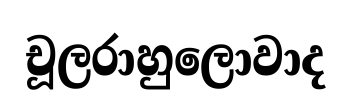
චූලරාහුලොවාද